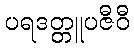
ပရဒတ္တူပဇီဝီ